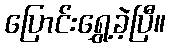
ပြောင်းရွှေ့ခဲ့ပြီ။